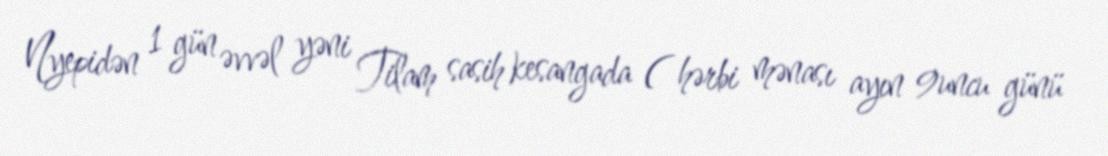
Nyepidən 1 gün əvvəl yəni Tilam sasih kesangada ( hərbi mənası ayın 9uncu günü